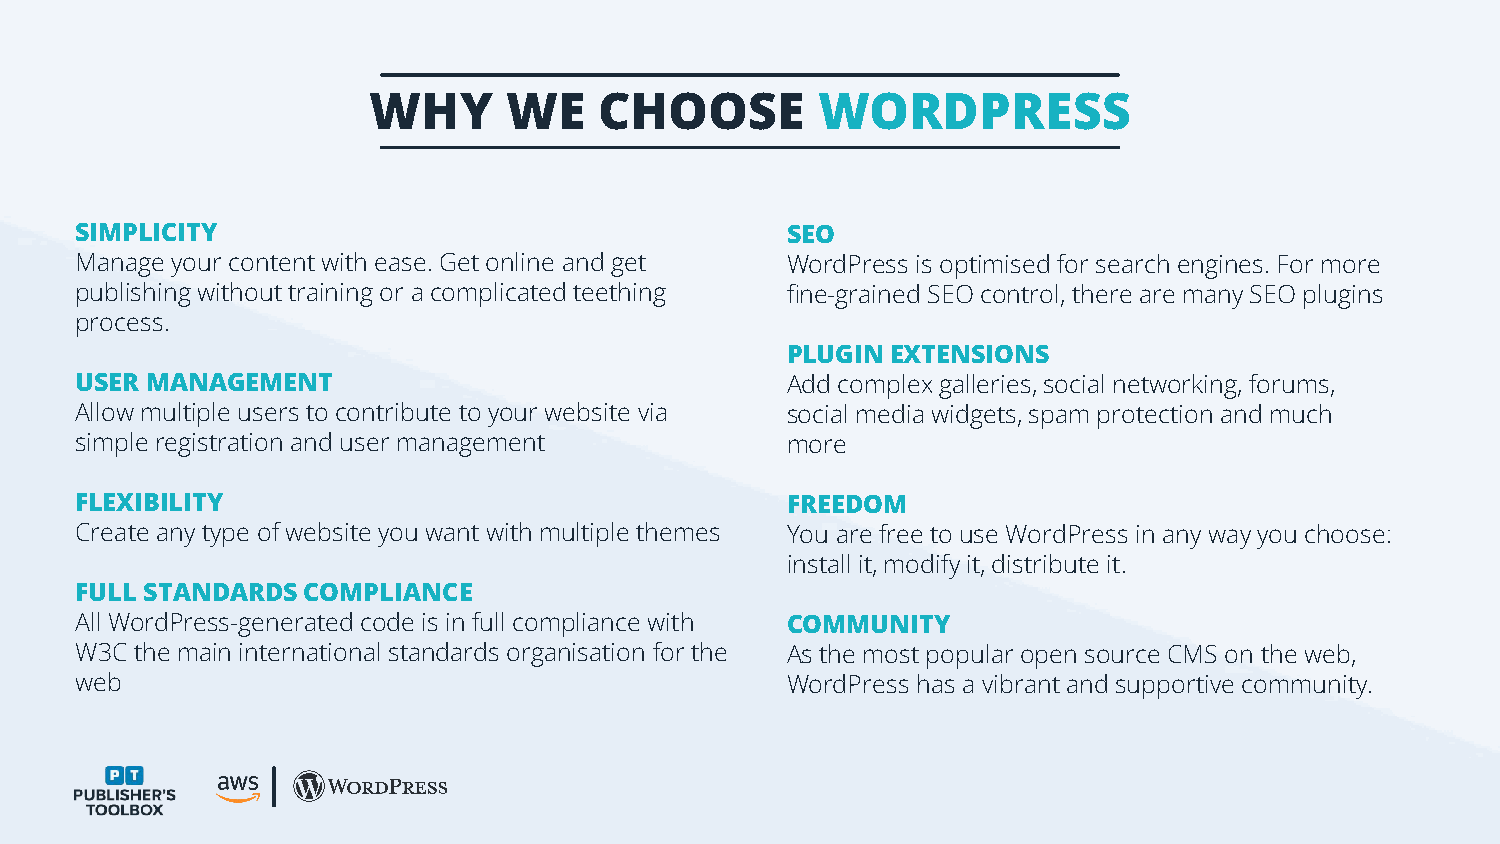
WHY      WE     CHOOSE        WORDPRESS
 SIMPLICITY                                     SEO
 Manage your content with ease. Get online and get WordPress is optimised for search engines. For more
 publishing without training or a complicated teething fine-grained SEO control, there are many SEO plugins
 process.
 PLUGIN EXTENSIONS
 USER MANAGEMENT                                Add complex galleries, social networking, forums,
 Allow multiple users to contribute to your website via social media widgets, spam protection and much
 simple registration and user management        more
 FLEXIBILITY                                    FREEDOM
 Create any type of website you want with multiple themes You are free to use WordPress in any way you choose:
 install it, modify it, distribute it.
 FULL STANDARDS COMPLIANCE
 All WordPress-generated code is in full compliance with COMMUNITY
 W3C the main international standards organisation for the As the most popular open source CMS on the web,
 web                                            WordPress has a vibrant and supportive community.